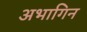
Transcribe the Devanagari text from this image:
अभागिन